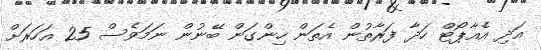
އަދި އެއާޕޯޓް ހަދާ ފަރާތުން އެތަން ހިންގަން ބޭނުން ނަމަވެސް 25 އަހަރަށް